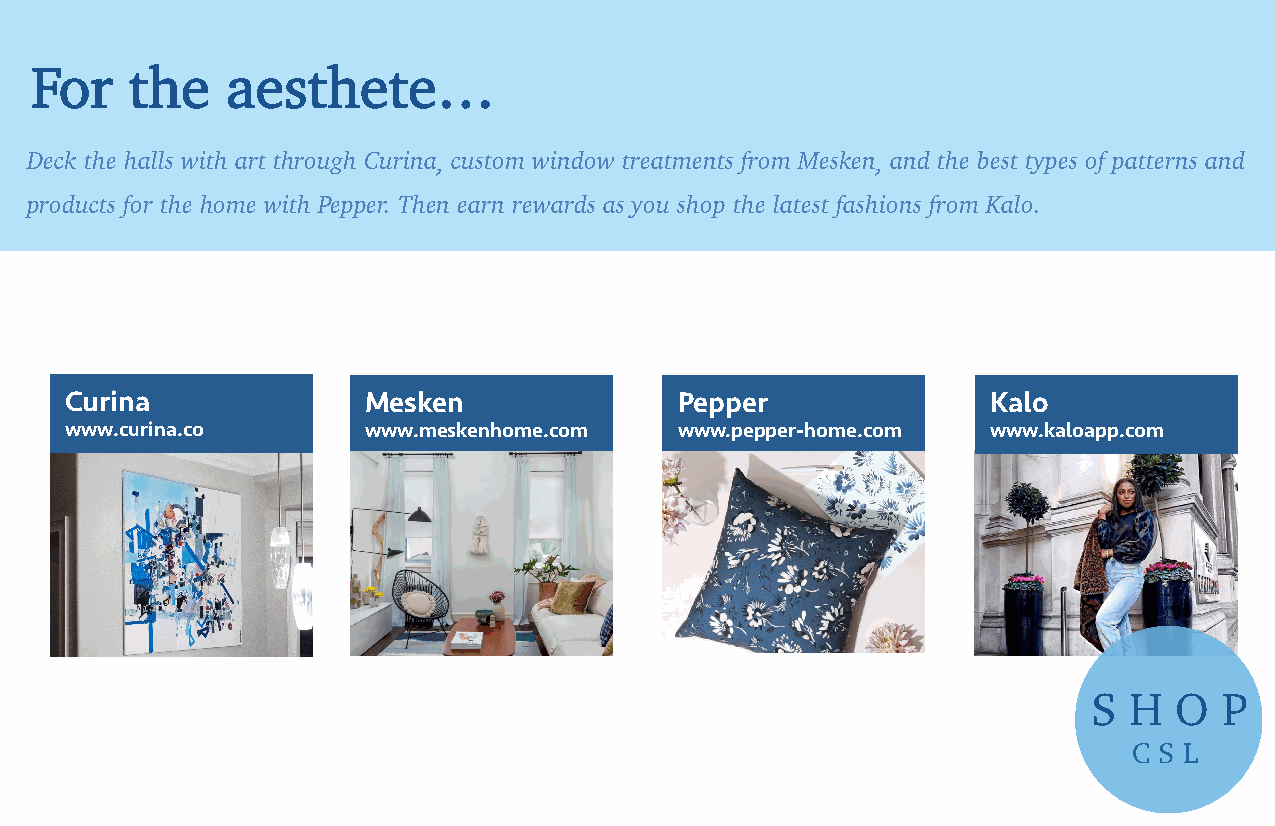
For    the   aesthete…
 Deck the halls with art through Curina, custom window treatments from Mesken, and the best types of patterns and
 products for the home with Pepper. Then earn rewards as you shop the latest fashions from Kalo.
 Curina              Mesken               Pepper               Kalo
 www.curina.co       www.meskenhome.com   www.pepper-home.com  www.kaloapp.com
 S  H  O  P
 C S L